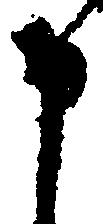
申